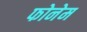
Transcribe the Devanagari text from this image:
फोनेम